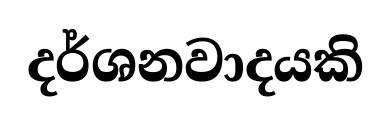
දර්ශනවාදයකි